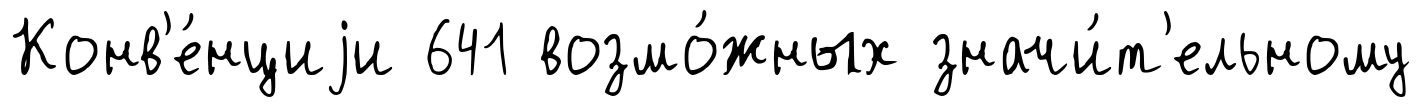
Конв'е́нциjи 641 возмо́жных значи́т'ельному